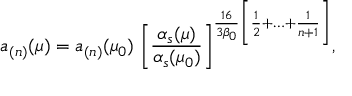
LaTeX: a _ { ( n ) } ( \mu ) = a _ { ( n ) } ( \mu _ { 0 } ) \; \biggl [ \frac { \alpha _ { s } ( \mu ) } { \alpha _ { s } ( \mu _ { 0 } ) } \biggr ] ^ { \frac { 1 6 } { 3 \beta _ { 0 } } \bigg [ \frac { 1 } { 2 } + \ldots + \frac { 1 } { n + 1 } \biggr ] } ,